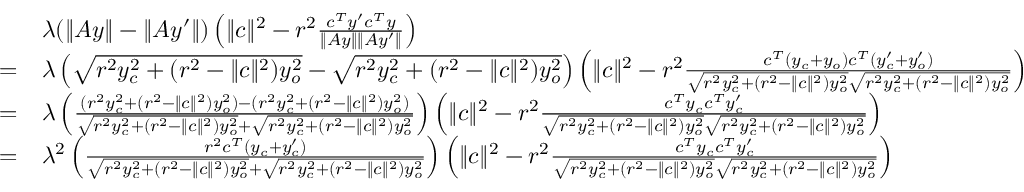
\begin{array} { r l } & { \lambda ( \| A y \| - \| A y ^ { \prime } \| ) \left( \| c \| ^ { 2 } - r ^ { 2 } \frac { c ^ { T } y ^ { \prime } c ^ { T } y } { \| A y \| \| A y ^ { \prime } \| } \right) } \\ { = } & { \lambda \left( \sqrt { r ^ { 2 } y _ { c } ^ { 2 } + ( r ^ { 2 } - \| c \| ^ { 2 } ) y _ { o } ^ { 2 } } - \sqrt { r ^ { 2 } y _ { c } ^ { 2 } + ( r ^ { 2 } - \| c \| ^ { 2 } ) y _ { o } ^ { 2 } } \right) \left( \| c \| ^ { 2 } - r ^ { 2 } \frac { c ^ { T } ( y _ { c } + y _ { o } ) c ^ { T } ( y _ { c } ^ { \prime } + y _ { o } ^ { \prime } ) } { \sqrt { r ^ { 2 } y _ { c } ^ { 2 } + ( r ^ { 2 } - \| c \| ^ { 2 } ) y _ { o } ^ { 2 } } \sqrt { r ^ { 2 } y _ { c } ^ { 2 } + ( r ^ { 2 } - \| c \| ^ { 2 } ) y _ { o } ^ { 2 } } } \right) } \\ { = } & { \lambda \left( \frac { ( r ^ { 2 } y _ { c } ^ { 2 } + ( r ^ { 2 } - \| c \| ^ { 2 } ) y _ { o } ^ { 2 } ) - ( r ^ { 2 } y _ { c } ^ { 2 } + ( r ^ { 2 } - \| c \| ^ { 2 } ) y _ { o } ^ { 2 } ) } { \sqrt { r ^ { 2 } y _ { c } ^ { 2 } + ( r ^ { 2 } - \| c \| ^ { 2 } ) y _ { o } ^ { 2 } } + \sqrt { r ^ { 2 } y _ { c } ^ { 2 } + ( r ^ { 2 } - \| c \| ^ { 2 } ) y _ { o } ^ { 2 } } } \right) \left( \| c \| ^ { 2 } - r ^ { 2 } \frac { c ^ { T } y _ { c } c ^ { T } y _ { c } ^ { \prime } } { \sqrt { r ^ { 2 } y _ { c } ^ { 2 } + ( r ^ { 2 } - \| c \| ^ { 2 } ) y _ { o } ^ { 2 } } \sqrt { r ^ { 2 } y _ { c } ^ { 2 } + ( r ^ { 2 } - \| c \| ^ { 2 } ) y _ { o } ^ { 2 } } } \right) } \\ { = } & { \lambda ^ { 2 } \left( \frac { r ^ { 2 } c ^ { T } ( y _ { c } + y _ { c } ^ { \prime } ) } { \sqrt { r ^ { 2 } y _ { c } ^ { 2 } + ( r ^ { 2 } - \| c \| ^ { 2 } ) y _ { o } ^ { 2 } } + \sqrt { r ^ { 2 } y _ { c } ^ { 2 } + ( r ^ { 2 } - \| c \| ^ { 2 } ) y _ { o } ^ { 2 } } } \right) \left( \| c \| ^ { 2 } - r ^ { 2 } \frac { c ^ { T } y _ { c } c ^ { T } y _ { c } ^ { \prime } } { \sqrt { r ^ { 2 } y _ { c } ^ { 2 } + ( r ^ { 2 } - \| c \| ^ { 2 } ) y _ { o } ^ { 2 } } \sqrt { r ^ { 2 } y _ { c } ^ { 2 } + ( r ^ { 2 } - \| c \| ^ { 2 } ) y _ { o } ^ { 2 } } } \right) } \end{array}